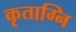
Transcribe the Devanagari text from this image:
कृताग्नि